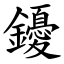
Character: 䥳